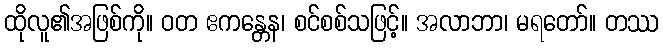
ထိုလူ၏အဖြစ်ကို။ ဝတ ဧကန္တေန၊ စင်စစ်သဖြင့်။ အလာဘာ၊ မရတော်။ တဿ